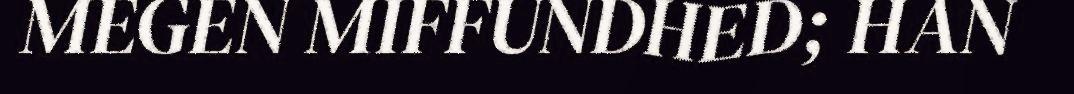
MEGEN MIFFUNDHED; HAN